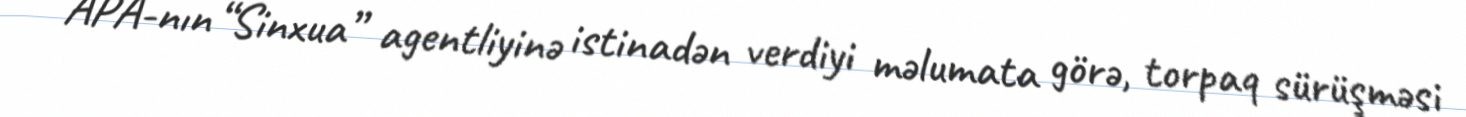
APA-nın “Sinxua” agentliyinə istinadən verdiyi məlumata görə, torpaq sürüşməsi